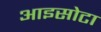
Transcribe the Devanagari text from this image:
आइसोटा